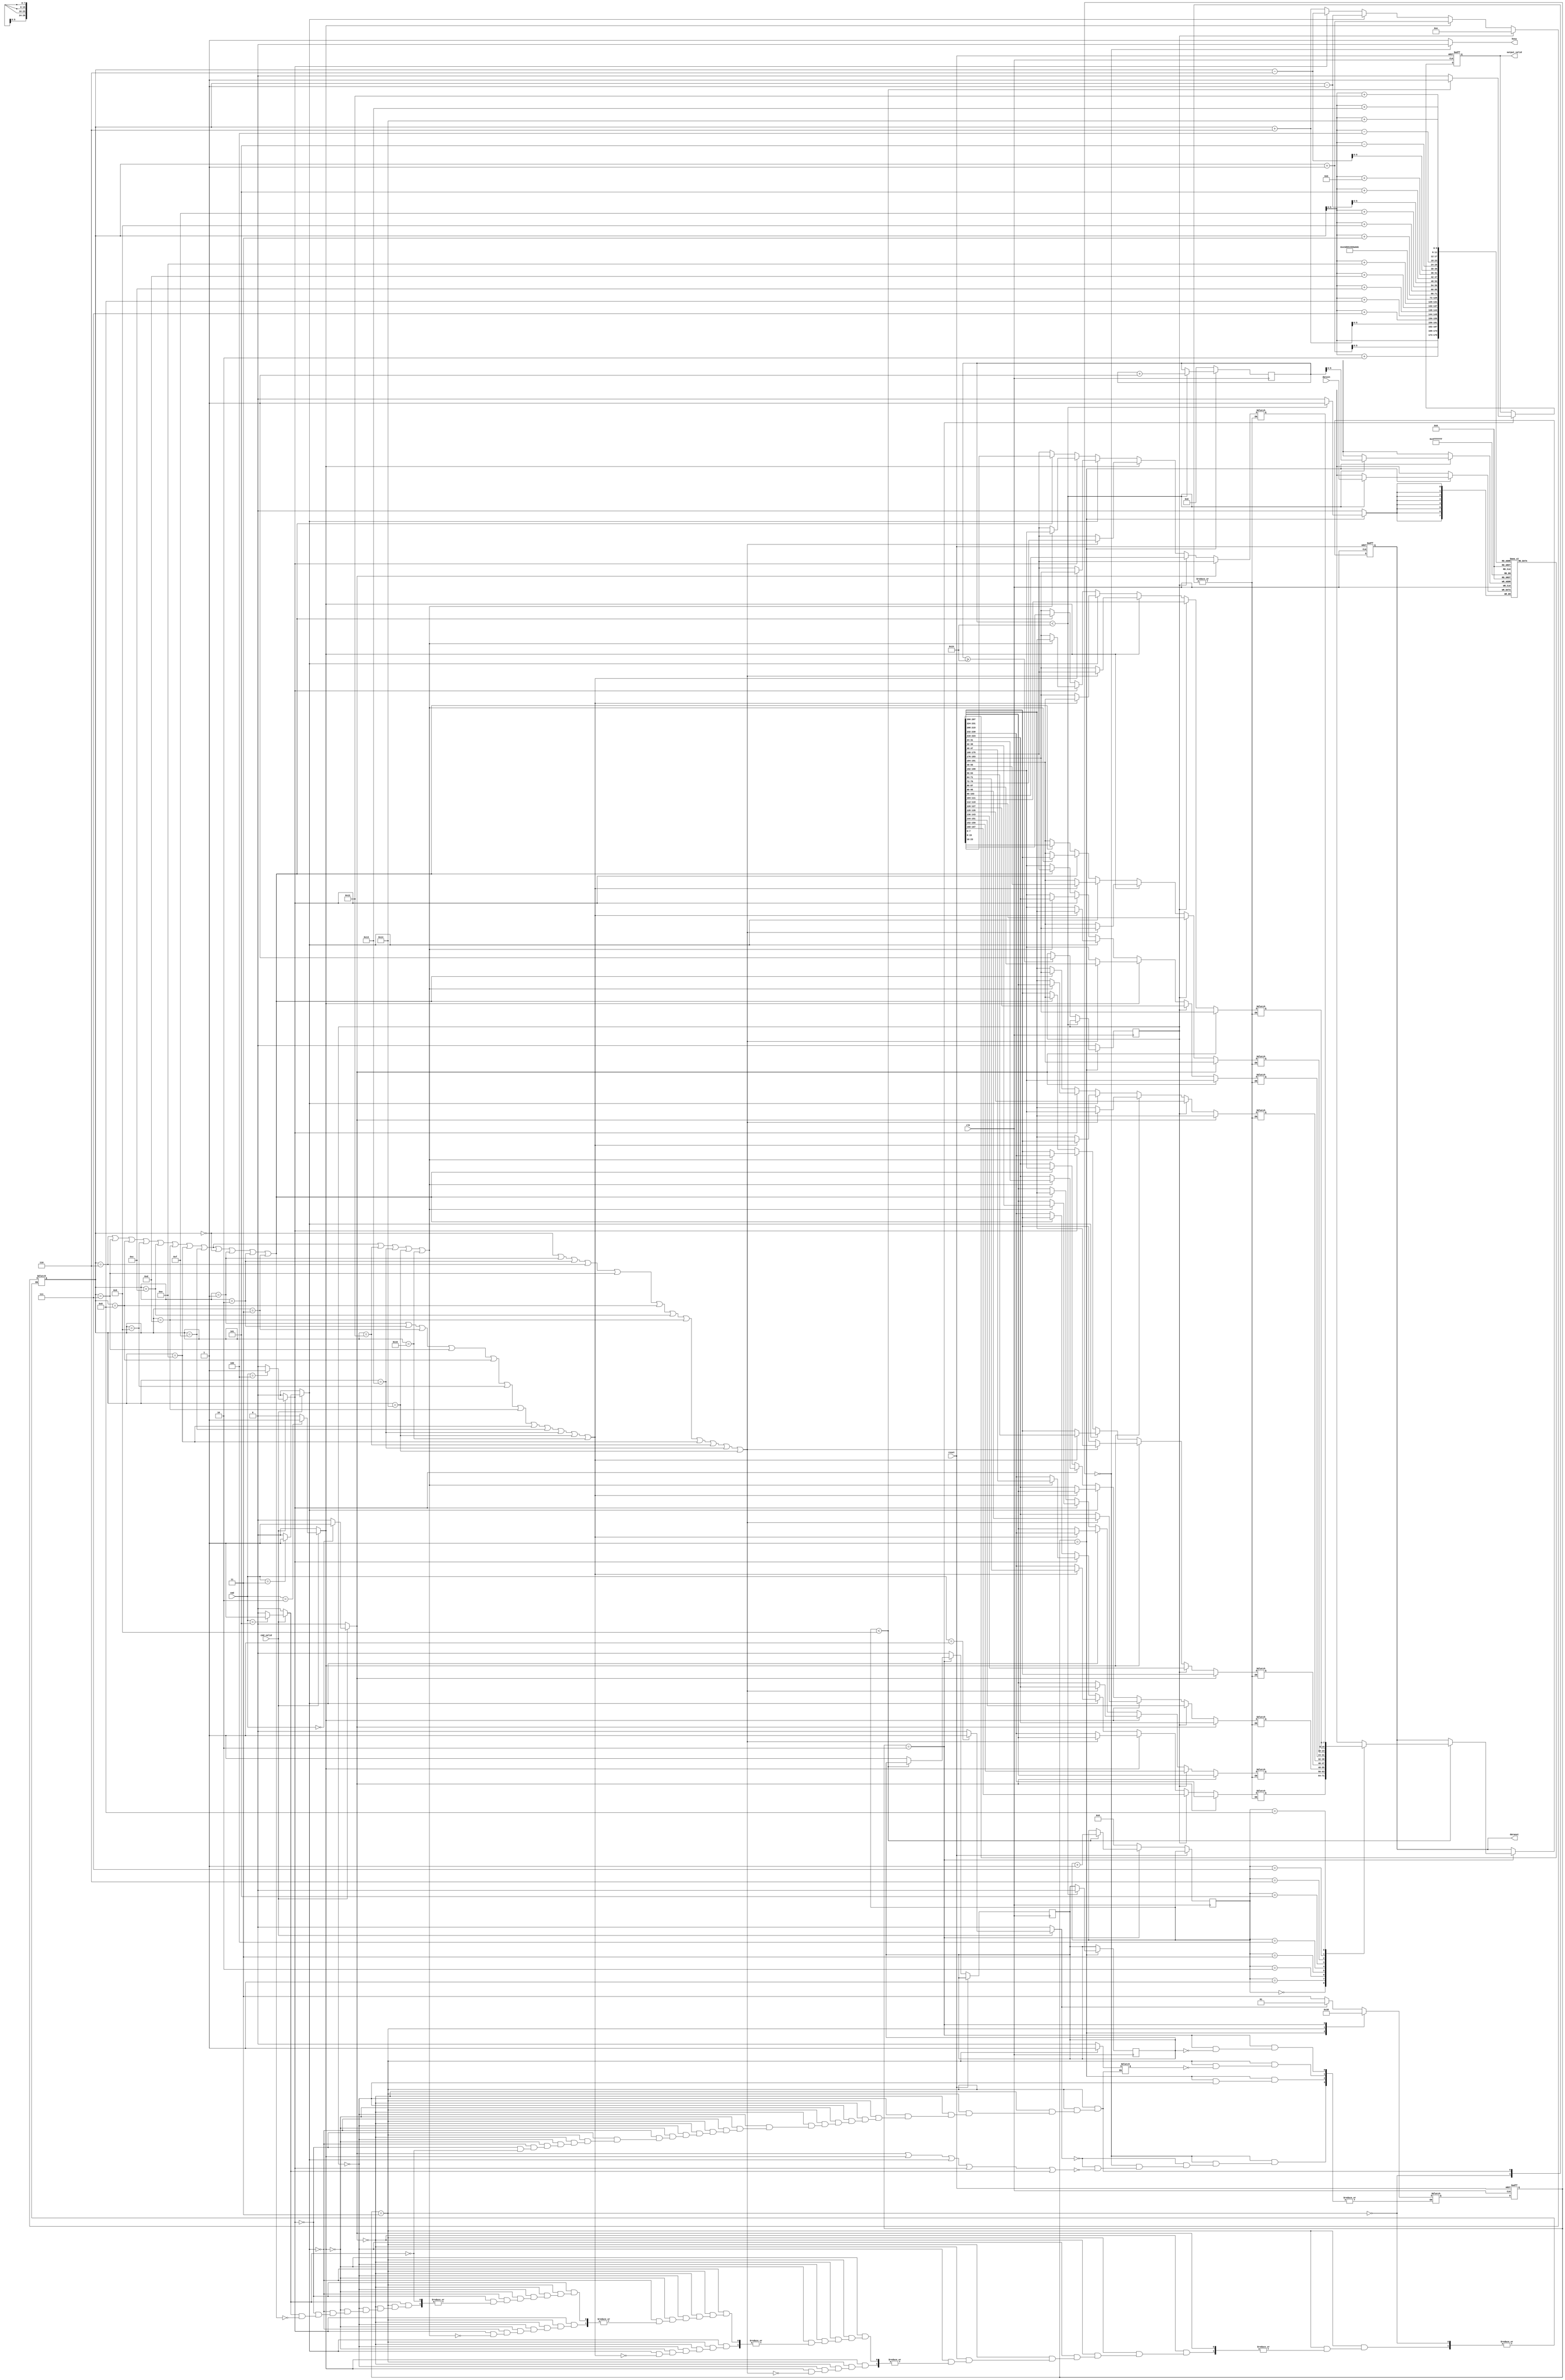
module lcd_ctrl(clk, reset, datain, cmd, cmd_valid, dataout, output_valid, busy);
input           clk;
input           reset;
input   [7:0]   datain;
input   [2:0]   cmd;
input           cmd_valid;
output  [7:0]   dataout;
output          output_valid;
output          busy;

//parameter
parameter  IDLE = 2'b00 ;
parameter  LOAD = 2'b01 ;
parameter   OP  = 2'b11 ;
parameter  OUT  = 2'b10 ;

//reg
reg  [1:0] state_ns =2'b00 , state_cs =2'b00 ;
reg  [7:0] in_buffer [0:35]  ;
reg  [7:0] out_buffer [0:8]  ;
reg  [3:0] count ;
reg  [6:0] counter = 6'd0 ;
reg        tag_op1 = 0 ;
reg        tag_out = 0 ;
reg        tag_idle = 0 ;
reg  [6:0] record = 6'd0 ;
reg        output_valid ;
reg  [7:0] dataout ;



//wire
wire LOAD_sig ;
wire OP0_sig  ;
wire OP1_sig  ;
wire OP2_sig  ;
wire OP3_sig  ;
wire OP4_sig  ;
wire OP5_sig  ;
wire OUT_sig  ;
wire IDLE_sig ;


//design


assign LOAD_sig = cmd_valid ? (cmd==3'b001 ? 1 : 0) : 0 ;
assign OP0_sig = cmd_valid ? (cmd==3'b000 ? 1 : 0) : 0 ;
assign OP2_sig = cmd_valid ? (cmd==3'b010 ? 1 : 0) : 0 ;
assign OP3_sig = cmd_valid ? (cmd==3'b011 ? 1 : 0) : 0 ;
assign OP4_sig = cmd_valid ? (cmd==3'b100 ? 1 : 0) : 0 ;
assign OP5_sig = cmd_valid ? (cmd==3'b101 ? 1 : 0) : 0 ;

assign OP1_sig = tag_op1 ;

assign OUT_sig = tag_out ;

assign IDLE_sig = tag_idle ;

assign busy = (state_cs==IDLE) ? 0 : 1 ;


always@(posedge clk or posedge reset)     //FSM change
begin
	if(reset)
	begin
		state_cs <= IDLE ;
	end
	else 
	begin
		state_cs <= state_ns ;	
	end
end

always@(*)                              //state_ns change
begin
	case(state_cs)
	IDLE:begin
		 if(LOAD_sig)
			state_ns = LOAD ;
		 else if(OP0_sig||OP2_sig||OP3_sig||OP4_sig||OP5_sig)
			state_ns = OP   ;
		 else 
			state_ns = state_ns ;
		 end
		 
	LOAD:begin
		 if(OP1_sig)
			state_ns = OP ;
		 else
			state_ns = state_ns ;
		 end
		 
	 OP :begin
		 if(OUT_sig)
			state_ns = OUT ;
		 else
			state_ns = state_ns ;
		 end
	OUT :begin
		 if(IDLE_sig)
			state_ns = IDLE ;
		 else
		    state_ns = state_ns ;
	     end
	endcase
end






always@(posedge clk)                    // load data
begin
	if(state_cs==LOAD)
	begin
		if(counter<6'd36)
		begin
		tag_idle <= 0 ;
		in_buffer[counter] <= datain ;
		counter <= counter + 1 ; 
		//tag_op1 <= 0 ;
		end
		else if (counter>=6'd36)
		begin
		tag_op1 <= 1 ;
		
		end
	end
	else
	begin
		counter <= 6'd0;
		tag_op1 <= 0 ;
	end
end

always@(state_cs)                    // operation
begin
	if (state_cs==OP)
	begin
		   if(OP0_sig)
		   begin
			out_buffer[0] = in_buffer[record];out_buffer[1] = in_buffer[record+1]; out_buffer[2] = in_buffer[record+2] ; 
			out_buffer[3] = in_buffer[record+6];out_buffer[4] = in_buffer[record+7]; out_buffer[5] = in_buffer[record+8] ; 
			out_buffer[6] = in_buffer[record+12];out_buffer[7] = in_buffer[record+13]; out_buffer[8] = in_buffer[record+14] ;
			record = record ;
			tag_out = 1 ;
		   end
		   
		   else if(OP1_sig)
		   begin
			out_buffer[0] = in_buffer[14];out_buffer[1] = in_buffer[15]; out_buffer[2] = in_buffer[16] ; 
			out_buffer[3] = in_buffer[20];out_buffer[4] = in_buffer[21]; out_buffer[5] = in_buffer[22] ; 
			out_buffer[6] = in_buffer[26];out_buffer[7] = in_buffer[27]; out_buffer[8] = in_buffer[28] ;
			record = 6'd14 ;
			tag_out = 1 ;
		   end
		   
		   else if(OP2_sig)
		    begin
			if(record==32'd0||record==32'd1||record==32'd2||record==32'd6||record==32'd7||record==32'd8||record==32'd12||record==32'd13||record==32'd14||
			   record==32'd18||record==32'd19||record==32'd20)
			begin
			out_buffer[0] = in_buffer[record+1];out_buffer[1] = in_buffer[record+2]; out_buffer[2] = in_buffer[record+3] ; 
			out_buffer[3] = in_buffer[record+7];out_buffer[4] = in_buffer[record+8]; out_buffer[5] = in_buffer[record+9] ; 
			out_buffer[6] = in_buffer[record+13];out_buffer[7] = in_buffer[record+14]; out_buffer[8] = in_buffer[record+15] ;
			record = record+1;
			tag_out = 1 ;
			end
			else 
			begin
			out_buffer[0] = in_buffer[record];out_buffer[1] = in_buffer[record+1]; out_buffer[2] = in_buffer[record+2] ; 
			out_buffer[3] = in_buffer[record+6];out_buffer[4] = in_buffer[record+7]; out_buffer[5] = in_buffer[record+8] ; 
			out_buffer[6] = in_buffer[record+12];out_buffer[7] = in_buffer[record+13]; out_buffer[8] = in_buffer[record+14] ;
			record = record ;
			tag_out = 1 ;
		   	end
		    end
		   
		   else if(OP3_sig)
		   begin
			if(record==32'd1||record==32'd2||record==32'd3||record==32'd7||record==32'd8||record==32'd9||record==32'd13||record==32'd14||record==32'd15||
			   record==32'd19||record==32'd20||record==32'd21)
			begin
			out_buffer[0] = in_buffer[record-1];out_buffer[1] = in_buffer[record]; out_buffer[2] = in_buffer[record+1] ; 
			out_buffer[3] = in_buffer[record+5];out_buffer[4] = in_buffer[record+6]; out_buffer[5] = in_buffer[record+7] ; 
			out_buffer[6] = in_buffer[record+11];out_buffer[7] = in_buffer[record+12]; out_buffer[8] = in_buffer[record+13] ;
			record = record-1;
			tag_out = 1 ;
			end
			else 
			begin
			out_buffer[0] = in_buffer[record];out_buffer[1] = in_buffer[record+1]; out_buffer[2] = in_buffer[record+2] ; 
			out_buffer[3] = in_buffer[record+6];out_buffer[4] = in_buffer[record+7]; out_buffer[5] = in_buffer[record+8] ; 
			out_buffer[6] = in_buffer[record+12];out_buffer[7] = in_buffer[record+13]; out_buffer[8] = in_buffer[record+14] ;
			record = record ;
			tag_out = 1 ;
		  	end
   		   end
		
		   else if(OP4_sig)
		   begin
			if(record==32'd6||record==32'd7||record==32'd8||record==32'd9||record==32'd12||record==32'd13||record==32'd14||record==32'd15||record==32'd18||
			   record==32'd19||record==32'd20||record==32'd21)
			begin
			out_buffer[0] = in_buffer[record-6];out_buffer[1] = in_buffer[record-5]; out_buffer[2] = in_buffer[record-4] ; 
			out_buffer[3] = in_buffer[record];out_buffer[4] = in_buffer[record+1]; out_buffer[5] = in_buffer[record+2] ; 
			out_buffer[6] = in_buffer[record+6];out_buffer[7] = in_buffer[record+7]; out_buffer[8] = in_buffer[record+8] ;
			record = record-6;
			tag_out = 1 ;
			end
			else 
			begin
			out_buffer[0] = in_buffer[record];out_buffer[1] = in_buffer[record+1]; out_buffer[2] = in_buffer[record+2] ; 
			out_buffer[3] = in_buffer[record+6];out_buffer[4] = in_buffer[record+7]; out_buffer[5] = in_buffer[record+8] ; 
			out_buffer[6] = in_buffer[record+12];out_buffer[7] = in_buffer[record+13]; out_buffer[8] = in_buffer[record+14] ;
			record = record ;
			tag_out = 1 ;
		  	end
   		   end
		   
		   else if(OP5_sig)
		   begin
			if(record==32'd6||record==32'd7||record==32'd8||record==32'd9||record==32'd12||record==32'd13||record==32'd14||record==32'd15||record==32'd0||
			   record==32'd1||record==32'd2||record==32'd3)
			begin
			out_buffer[0] = in_buffer[record+6];out_buffer[1] = in_buffer[record+7]; out_buffer[2] = in_buffer[record+8] ; 
			out_buffer[3] = in_buffer[record+12];out_buffer[4] = in_buffer[record+13]; out_buffer[5] = in_buffer[record+14] ; 
			out_buffer[6] = in_buffer[record+18];out_buffer[7] = in_buffer[record+19]; out_buffer[8] = in_buffer[record+20] ;
			record = record+6;
			tag_out = 1 ;
			end
			else 
			begin
			out_buffer[0] = in_buffer[record];out_buffer[1] = in_buffer[record+1]; out_buffer[2] = in_buffer[record+2] ; 
			out_buffer[3] = in_buffer[record+6];out_buffer[4] = in_buffer[record+7]; out_buffer[5] = in_buffer[record+8] ; 
			out_buffer[6] = in_buffer[record+12];out_buffer[7] = in_buffer[record+13]; out_buffer[8] = in_buffer[record+14] ;
			record = record ;
			tag_out = 1 ;
		   	end
			end
	end		
	else
		tag_out = 0 ;
end


always@(posedge clk or posedge reset)       //output
begin
	if(reset)
	begin
		dataout <= 8'b00000000 ;
		output_valid <= 0 ;
	end
	else if(state_cs==OUT)
	    begin
		 if(count < 4'b1001)
		 begin
		 count <= count + 1 ;
		 dataout <= out_buffer[count];
		 output_valid <= 1 ;
		 //tag_idle <= 0 ;
		 end
		 else
		 begin
		 output_valid <= 0 ;
		 tag_idle <= 1 ;
		 end
		end
	else 
	begin
		count <= 4'b0000 ;
		tag_idle <= 0 ;
	end	
end






                                                                                     
endmodule